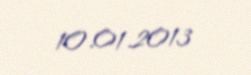
10.01.2013